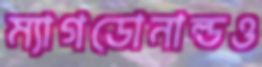
ম্যাগডোনাল্ডও